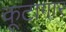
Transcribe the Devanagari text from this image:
कूटागार